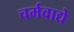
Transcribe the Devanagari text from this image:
चर्मवाद्ये